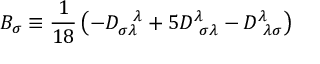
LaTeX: B _ { \sigma } \equiv \frac { 1 } { 1 8 } \left( - D _ { \sigma \lambda } ^ { ~ ~ \lambda } + 5 D _ { ~ \sigma \lambda } ^ { \lambda } - D _ { ~ \lambda \sigma } ^ { \lambda } \right)